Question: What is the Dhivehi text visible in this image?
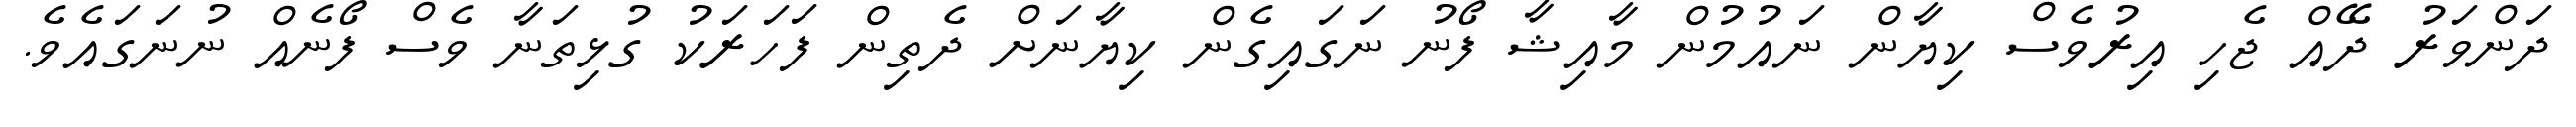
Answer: ދަންވަރު ދޭއް ޖެހި އިރުވެސް ކިޔާން ނައުމުން މާއިޝާ ފޯނު ނަގައިގެން ކިޔާނަށް ދެތިން ފަހަރަކު ގުޅިތަނާ ވެސް ފޯނެއް ނުނަގައެވެ.